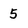
Character: 5